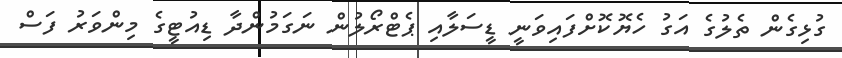
ގުޅިގެން ތެލުގެ އަގު ހެޔޮކޮށްފައިވަނީ ޑީސަލާއި ޕެޓްރޯލުން ނަގަމުންދާ ޑިއުޓީގެ މިންވަރު ފަސް